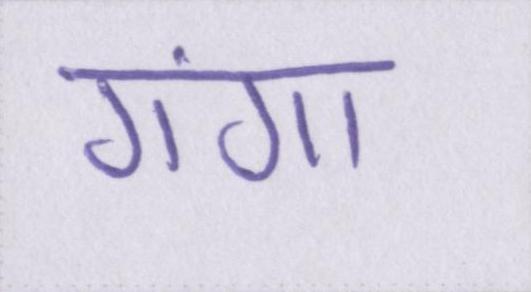
गंगा